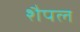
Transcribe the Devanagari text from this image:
शैपल